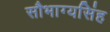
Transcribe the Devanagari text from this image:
सौभाग्यसिंह